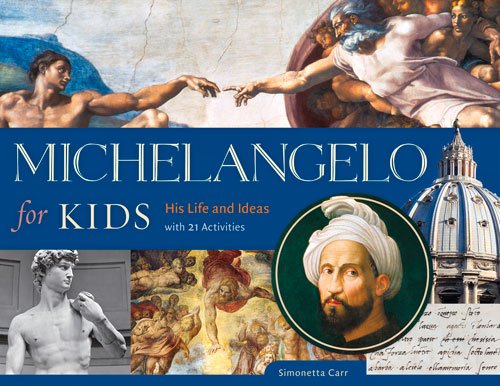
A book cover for Michelangelo for Kids: His Life and Ideas, with 21 Activities (For Kids series); Simonetta Carr; Children's Books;